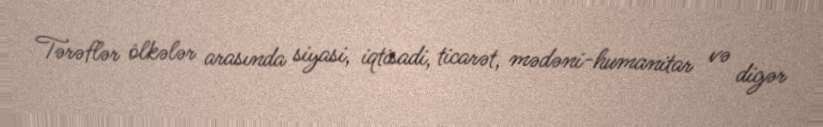
Tərəflər ölkələr arasında siyasi, iqtisadi, ticarət, mədəni-humanitar və digər